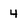
Character: 4